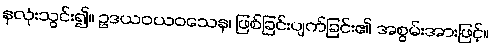
နှလုံးသွင်း၍။ ဥဒယဝယဝသေန၊ ဖြစ်ခြင်းပျက်ခြင်း၏ အစွမ်းအားဖြင့်။